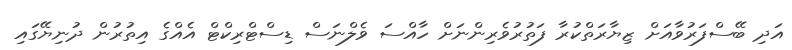
އަދި ބޭސްފަރުވާއަށް ޒިޔާރަތްކުރާ ފަތުރުވެރިންނަށް ހާއްސަ ވެލްނަސް ޑިސްޓްރިކްޓް އެއްގެ އިތުރުން ދުނިޔޭގައި